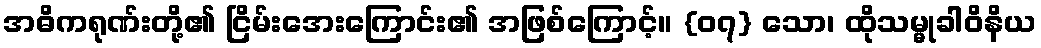
အဓိကရုဏ်းတို့၏ ငြိမ်းအေးကြောင်း၏ အဖြစ်ကြောင့်။ {၀၇} သော၊ ထိုသမ္မုခါဝိနိယ